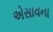
એસાવના